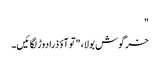
"
خرگوش بولا، "تو آؤ ذرا دوڑ لگائیں۔